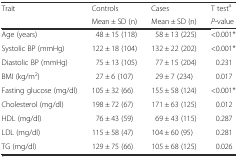
<table><thead><tr><td rowspan="2"><b>Trait</b></td><td><b>Controls</b></td><td><b>Cases</b></td><td><b>T test<sup>a</sup></b></td></tr><tr><td><b>Mean ± SD (n)</b></td><td><b>Mean ± SD (n)</b></td><td><b><i>P</i>-value</b></td></tr></thead><tbody><tr><td>Age (years)</td><td>48 ± 15 (118)</td><td>58 ± 13 (225)</td><td>&lt;0.001*</td></tr><tr><td>Systolic BP (mmHg)</td><td>122 ± 18 (104)</td><td>132 ± 22 (202)</td><td>&lt;0.001*</td></tr><tr><td>Diastolic BP (mmHg)</td><td>75 ± 13 (105)</td><td>77 ± 15 (204)</td><td>0.231</td></tr><tr><td>BMI (kg/m<sup>2</sup>)</td><td>27 ± 6 (107)</td><td>29 ± 7 (234)</td><td>0.017</td></tr><tr><td>Fasting glucose (mg/dl)</td><td>105 ± 32 (66)</td><td>155 ± 58 (124)</td><td>&lt;0.001*</td></tr><tr><td>Cholesterol (mg/dl)</td><td>198 ± 72 (67)</td><td>171 ± 63 (125)</td><td>0.012</td></tr><tr><td>HDL (mg/dl)</td><td>76 ± 43 (59)</td><td>69 ± 43 (115)</td><td>0.287</td></tr><tr><td>LDL (mg/dl)</td><td>115 ± 58 (47)</td><td>104 ± 60 (95)</td><td>0.281</td></tr><tr><td>TG (mg/dl)</td><td>129 ± 75 (66)</td><td>105 ± 68 (125)</td><td>0.026</td></tr></tbody></table>